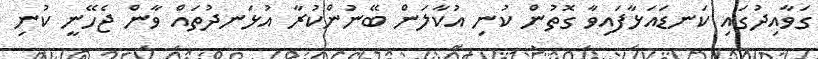
ގަވާއިދުގައި ކަނޑައަޅާފައިވާ ގޮތުން ކުނި އުކާލަން ބޭނުންކުރާ އުޅަނދުތައް ވާން ޖެހޭނީ ކުނި